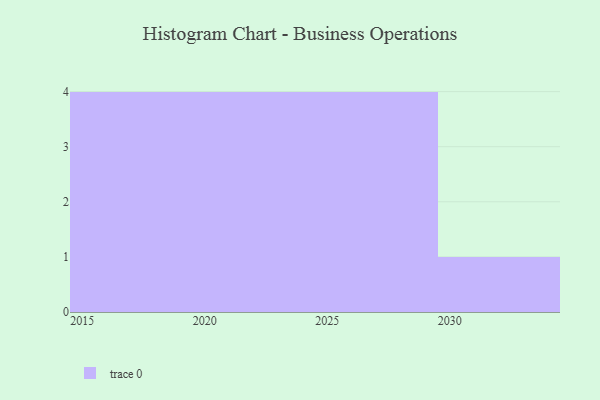
{"axis": {"x": "Year", "y": "Energy Usage (MWh)"}, "legend": [""], "data": [{"x": "2019", "y": 95, "type": ""}, {"x": "2016", "y": 44, "type": ""}, {"x": "2026", "y": 45, "type": ""}, {"x": "2018", "y": 50, "type": ""}, {"x": "2030", "y": 29, "type": ""}, {"x": "2024", "y": 72, "type": ""}, {"x": "2017", "y": 30, "type": ""}, {"x": "2021", "y": 2, "type": ""}, {"x": "2022", "y": 98, "type": ""}, {"x": "2028", "y": 45, "type": ""}, {"x": "2023", "y": 9, "type": ""}, {"x": "2029", "y": 18, "type": ""}, {"x": "2027", "y": 85, "type": ""}]}